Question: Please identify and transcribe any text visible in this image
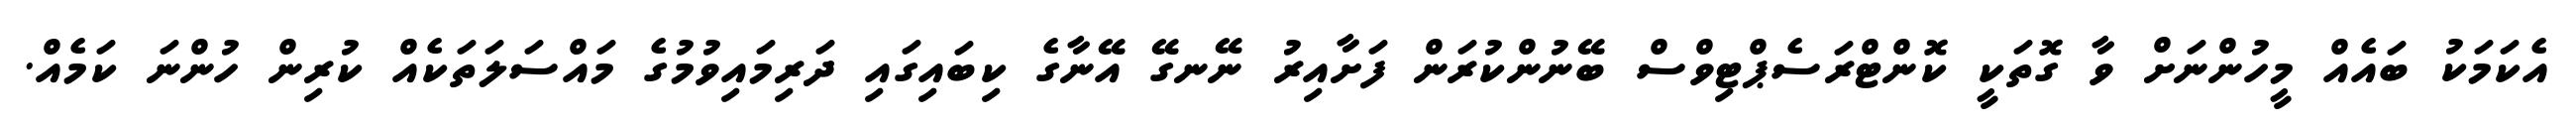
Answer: އެކަމަކު ބައެއް މީހުންނަށް ވާ ގޮތަކީ ކޮންޓްރަސެޕްޓިވްސް ބޭނުންކުރަން ފަށާއިރު ނޭނގޭ އޭނާގެ ކިބައިގައި ދަރިމައިވުމުގެ މައްސަލަތަކެއް ކުރިން ހުންނަ ކަމެއް.